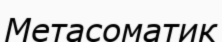
Метасоматик